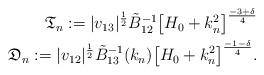
LaTeX: \begin{align*}\mathfrak{T}_n := |v_{13}|^\frac12 \tilde B_{12}^{-1} \bigl[ H_0 + k_n^2\bigr]^{\frac{-3+\delta}4}\\\mathfrak{D}_n:= |v_{12}|^\frac12 \tilde B_{13}^{-1} (k_n) \bigl[ H_0 + k_n^2\bigr]^{\frac{-1-\delta}4}. \end{align*}